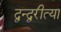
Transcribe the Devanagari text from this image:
द्वन्द्वरीत्या